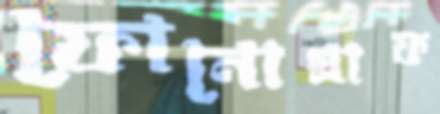
ফোনোগ্রাফ